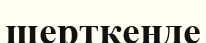
шерткенде